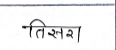
मजकूर: तिसरा